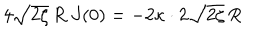
4 \sqrt { 2 \zeta } \, R \: J ( 0 ) = - 2 \kappa \cdot 2 \sqrt { 2 \zeta } \, R